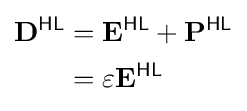
{\begin{aligned}\mathbf {D} ^{\textsf {HL}}&=\mathbf {E} ^{\textsf {HL}}+\mathbf {P} ^{\textsf {HL}}\\&=\varepsilon \mathbf {E} ^{\textsf {HL}}\end{aligned}}